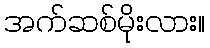
အက်ဆစ်မိုးလား။